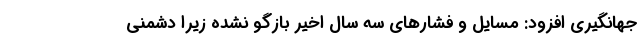
جهانگیری افزود: مسایل و فشارهای سه سال اخیر بازگو نشده زیرا دشمنی